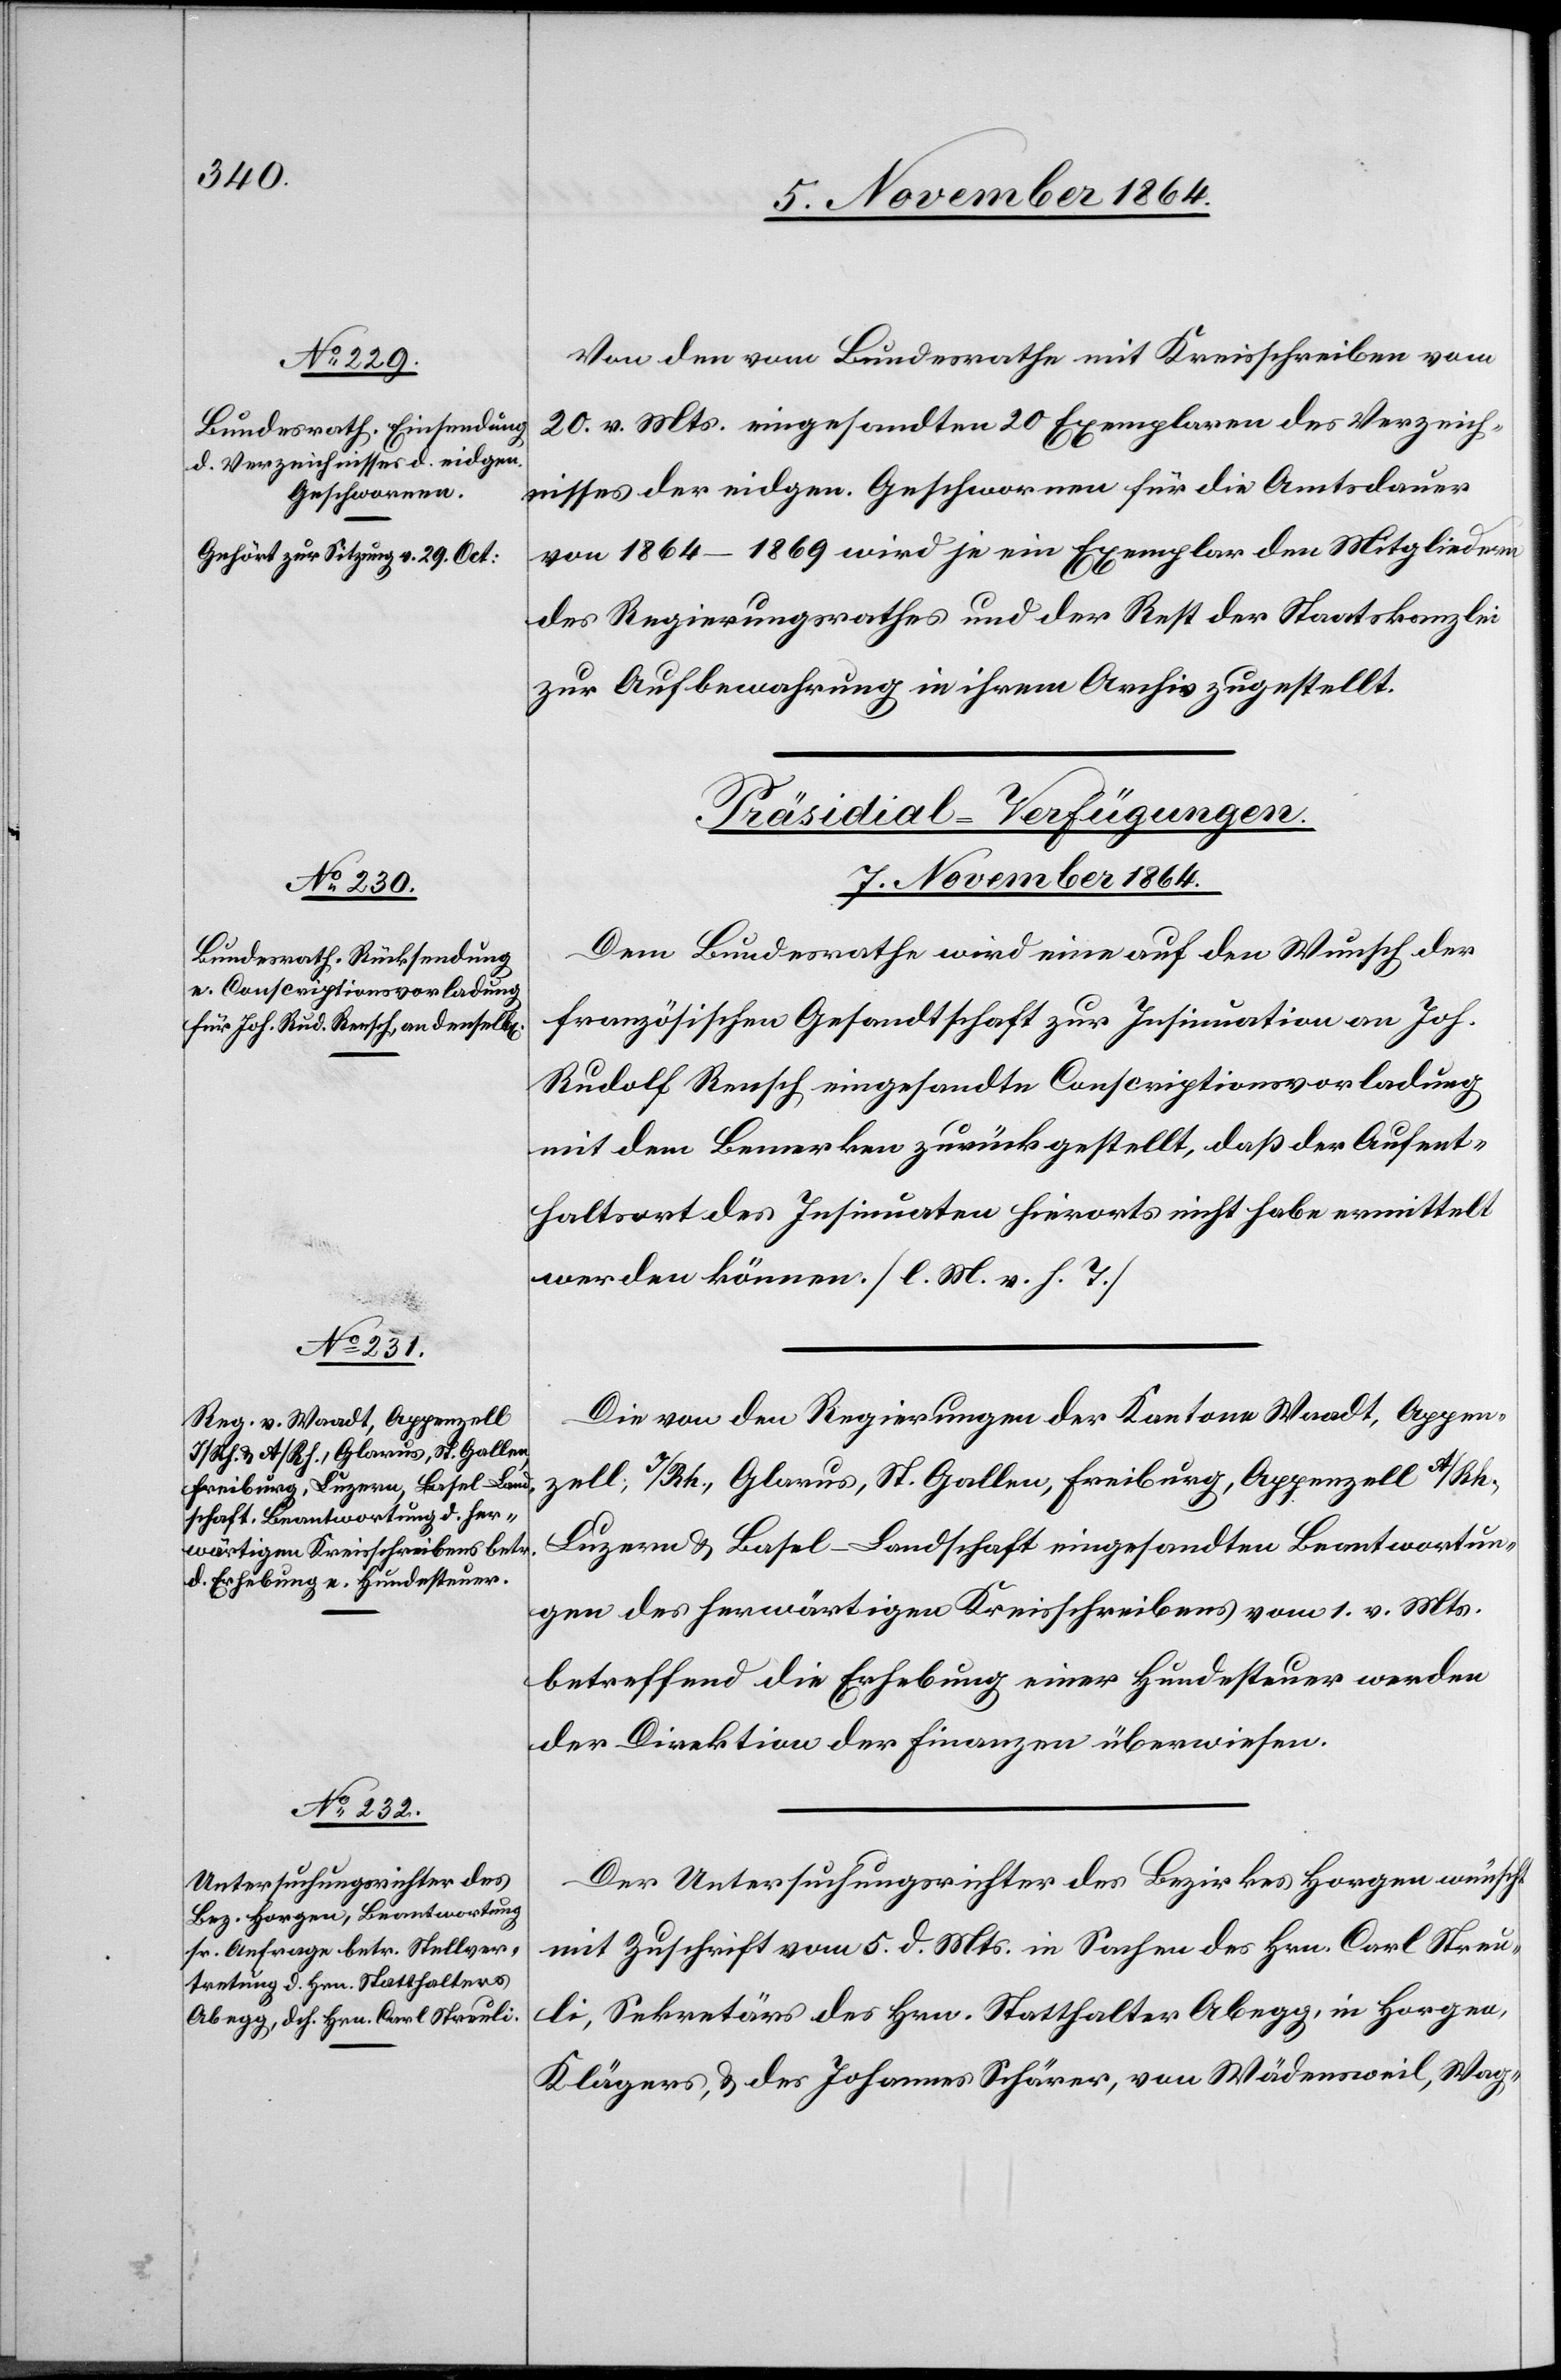
a-Gehört zur Sitzung v. 29. Oct:-a

Von den vom Bundesrathe mit Kreisschreiben vom
20. v. Mts. eingesandten 20 Exemplaren des Verzeich¬
nisses der eidgen. Geschworenen für die Amtsdauer
von 1864–1869 wird je ein Exemplar den Mitgliedern
des Regierungsrathes und der Rest der Staatskanzlei
zur Aufbewahrung in ihrem Archiv zugestellt.
[Präsidial-Verfügungen.
7. November 1864.]
Dem Bundesrathe wird eine auf den Wunsch der
französischen Gesandtschaft zur Insinuation an Joh.
Rudolf Rensch eingesandte Conscriptionsvorladung
mit dem Bemerken zurückgestellt, daß der Aufent¬
halt des Insinuaten hierorts nicht habe ermittelt
werden können. [l. M. v. h. T.]
Die von den Regierungen der Kantone Waadt, Appen¬
zell, I/Rh., Glarus, St. Gallen, Freiburg, Appenzell A/Rh.,
Luzern & Basel-Landschaft eingesandten Beantwortun¬
gen des herwärtigen Kreisschreibens vom 1. v. Mts.
betreffend die Erhebung einer Hundesteuer werden
der Direktion der Finanzen überwiesen.
Der Untersuchungsrichter des Bezirkes Horgen wünscht
mit Zuschrift vom 5. d. Mts. in Sachen des Hrn. Carl Streu¬
li, Sekretär des Hrn. Statthalter Abegg, in Horgen,
Klägers, & des Johannes Schärer, von Wädensweil, Wag-